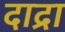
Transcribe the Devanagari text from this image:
दाद्रा